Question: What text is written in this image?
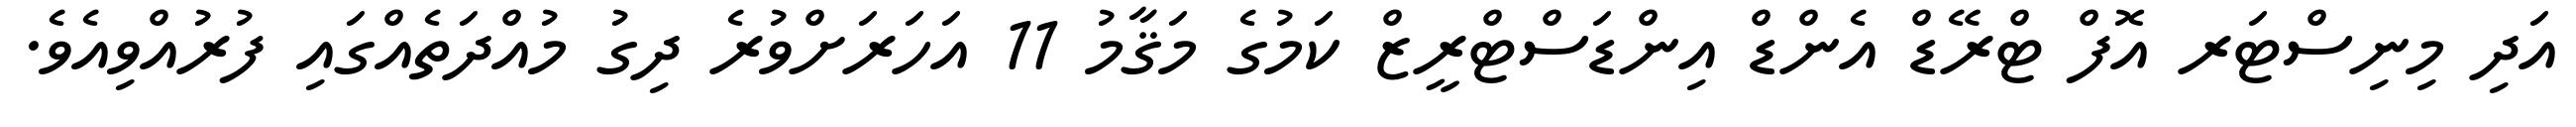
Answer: އަދި މިނިސްޓަރ އޮފް ޓްރޭޑް އެންޑް އިންޑަސްޓްރީޒް ކަމުގެ މަޤާމު 11 އަހަރަށްވުރެ ދިގު މުއްދަތެއްގައި ފުރުއްވިއެވެ.